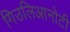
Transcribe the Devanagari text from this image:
गिउलिआनोटी